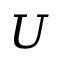
U